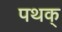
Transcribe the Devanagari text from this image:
पथक्